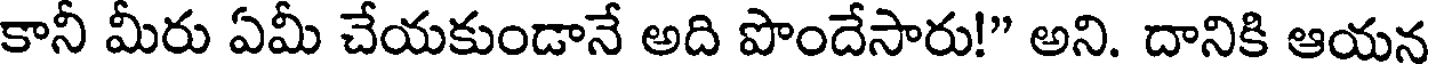
కానీ మీరు ఏమీ చేయకుండానే అది పొందేసారు!" అని. దానికి ఆయన